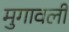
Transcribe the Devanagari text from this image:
मुगावली